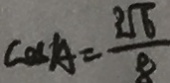
\cos A = \frac { 3 \sqrt { 6 } } { 8 }